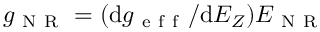
g _ { \mathrm { ~ N ~ R ~ } } = ( \mathrm { d } { g _ { \mathrm { ~ e ~ f ~ f ~ } } } / \mathrm { d } { E _ { Z } } ) E _ { \mathrm { ~ N ~ R ~ } }